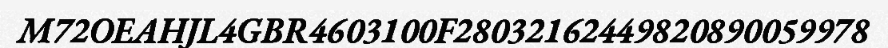
M72OEAHJL4GBR4603100F28032162449820890059978